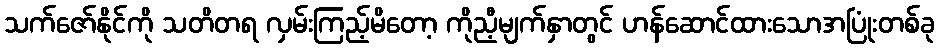
သက်ဇော်နိုင်ကို သတိတရ လှမ်းကြည့်မိတော့ ကိုညီ့မျက်နှာတွင် ဟန်ဆောင်ထားသောအပြုံးတစ်ခု